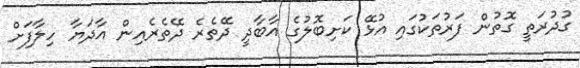
ގުދުރަތީ ގޮތުން ފަރުތަކުގައި އުޅޭ ކަށިބޮލުގެ އާބާދީ ދޭތެރެ ދޭތެރެއިން އާދަޔާ ހިލާފަށް